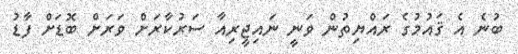
ބުނެ އެ ޤައުމުގެ ރައްޔިތުން ވަނީ ނައިޖީރިއާ ސަރުކާރަށް ވަރަށް ބޮޑަށް ފާޑު